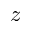
z